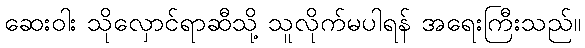
ဆေးဝါး သိုလှောင်ရာဆီသို့ သူလိုက်မပါရန် အရေးကြီးသည်။